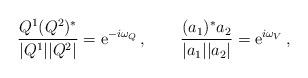
LaTeX: \begin{align*}\frac{Q^1(Q^2)^*}{|Q^{1}||Q^{2}|} ={\rm e}^{-i\omega_Q}\,,\qquad\frac{(a_1)^* a_2}{|a_{1}||a_{2}|}={\rm e}^{i\omega_V}\,,\end{align*}